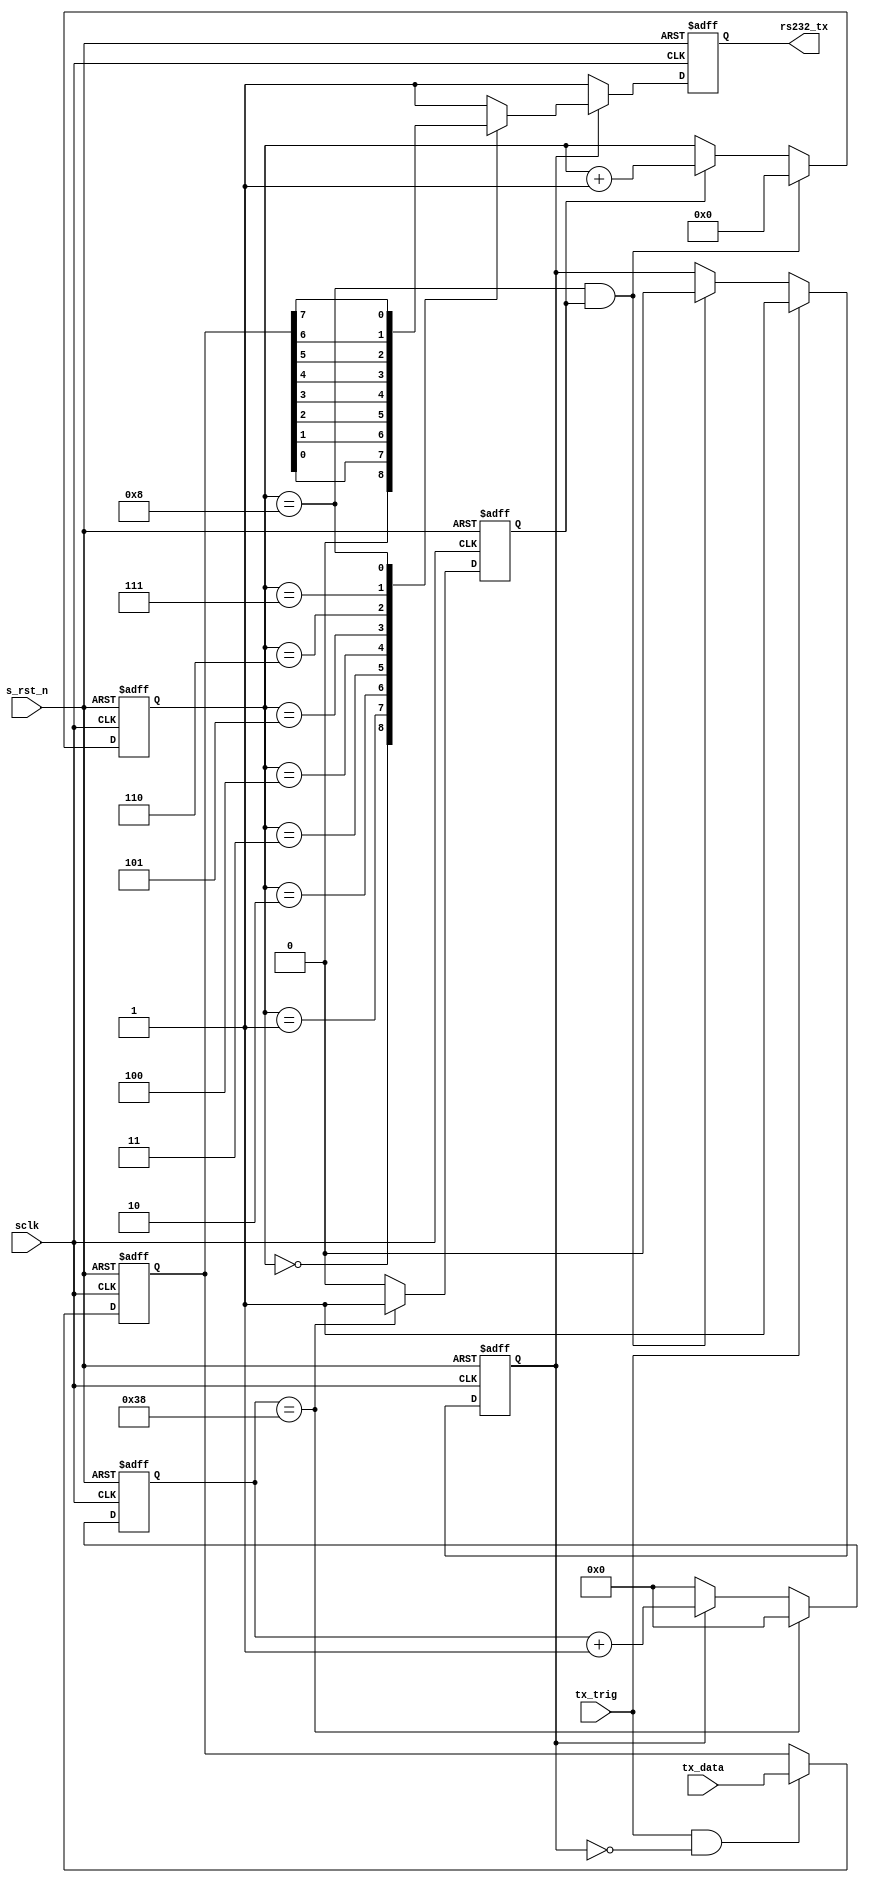
`define SIM

module uart_tx(
	input				sclk		,
	input				s_rst_n	,
	output	reg			rs232_tx	,
	input				tx_trig	,
	input		[7:0]	tx_data
);

reg	[7:0]		tx_data_r	;
reg			tx_flag	;
reg	[12:0]	baud_cnt	;
reg			bit_flag	;
reg	[3:0]		bit_cnt	;

`ifndef	SIM
localparam	BAUD_END	=	5207			;
`else
localparam	BAUD_END	=	56				;
`endif
localparam	BAUD_M		=	BAUD_END/2 - 1	;
localparam	BIT_END		=	8				;

//main
always @(posedge sclk or negedge s_rst_n)begin // set tx_data_r
	if(s_rst_n == 1'b0)
		tx_data_r	<=	'd0;
	else if(tx_trig == 1'b1 && tx_flag == 1'b0)
		tx_data_r	<=	tx_data;
end

always @(posedge sclk or negedge s_rst_n)begin // set tx_flag
	if(s_rst_n == 1'b0)
		tx_flag <= 1'b0;
	else if(tx_trig == 1'b1)
		tx_flag <= 1'b1;
	else if(bit_cnt == BIT_END && bit_flag == 1'b1)
		tx_flag <= 1'b0;
end

always @(posedge sclk or negedge s_rst_n)begin // set baud_cnt
	if(s_rst_n == 1'b0)
		baud_cnt <= 'd0;
	else if(baud_cnt == BAUD_END)
		baud_cnt <= 'd0;
	else if(tx_flag == 1'b1)
		baud_cnt <= baud_cnt + 1'b1;
	else	
		baud_cnt <= 'd0;
end

always @(posedge sclk or negedge s_rst_n)begin // set bit_flag
	if(s_rst_n == 1'b0)
		bit_flag <= 1'b0;
	else if(baud_cnt == BAUD_END)
		bit_flag <= 1'b1;
	else
		bit_flag <= 1'b0;
end

always @(posedge sclk or negedge s_rst_n)begin // set bit_cnt
	if(s_rst_n == 1'b0)
		bit_cnt <= 1'b0;
	else if(bit_flag == 1'b1 && bit_cnt == BIT_END)
		bit_cnt <= 1'b0;
	else if(bit_flag == 1'b1)
		bit_cnt <= bit_cnt + 1'b1;
end

always @(posedge sclk or negedge s_rst_n)begin // set rs232_tx
	if(s_rst_n == 1'b0)
		rs232_tx <= 1'b1;
	else if(tx_flag == 1'b1)
		case(bit_cnt)
			0:		rs232_tx <= 1'b0;
			1:		rs232_tx <= tx_data_r[0];
			2:		rs232_tx <= tx_data_r[1];
			3:		rs232_tx <= tx_data_r[2];
			4:		rs232_tx <= tx_data_r[3];
			5:		rs232_tx <= tx_data_r[4];
			6:		rs232_tx <= tx_data_r[5];
			7:		rs232_tx <= tx_data_r[6];
			8:		rs232_tx <= tx_data_r[7];
			default:	rs232_tx <= 1'b1;
		endcase
	else	
		rs232_tx <= 1'b1;
	
end








endmodule